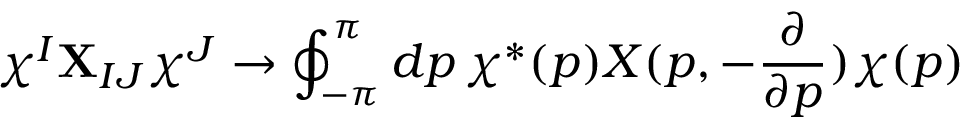
\chi ^ { I } { \bf X } _ { I J } \chi ^ { J } \rightarrow \oint _ { - \pi } ^ { \pi } d p \, \chi ^ { * } ( p ) X ( p , - \frac { \partial } { \partial p } ) \chi ( p )